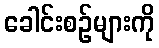
ခေါင်းစဉ်များကို